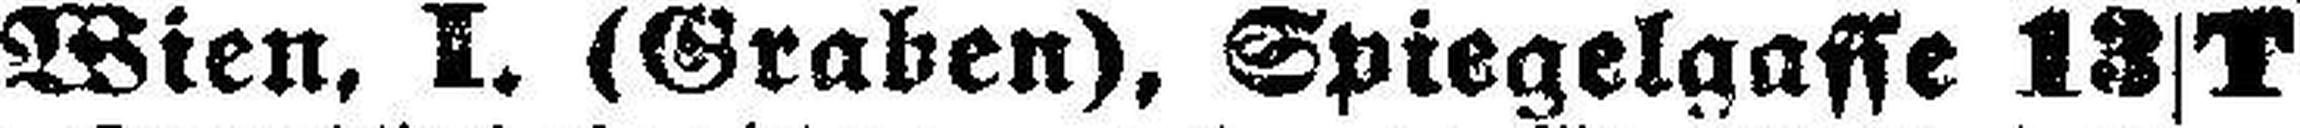
Wien, I. (Graben), Spiegelgasse 13 T